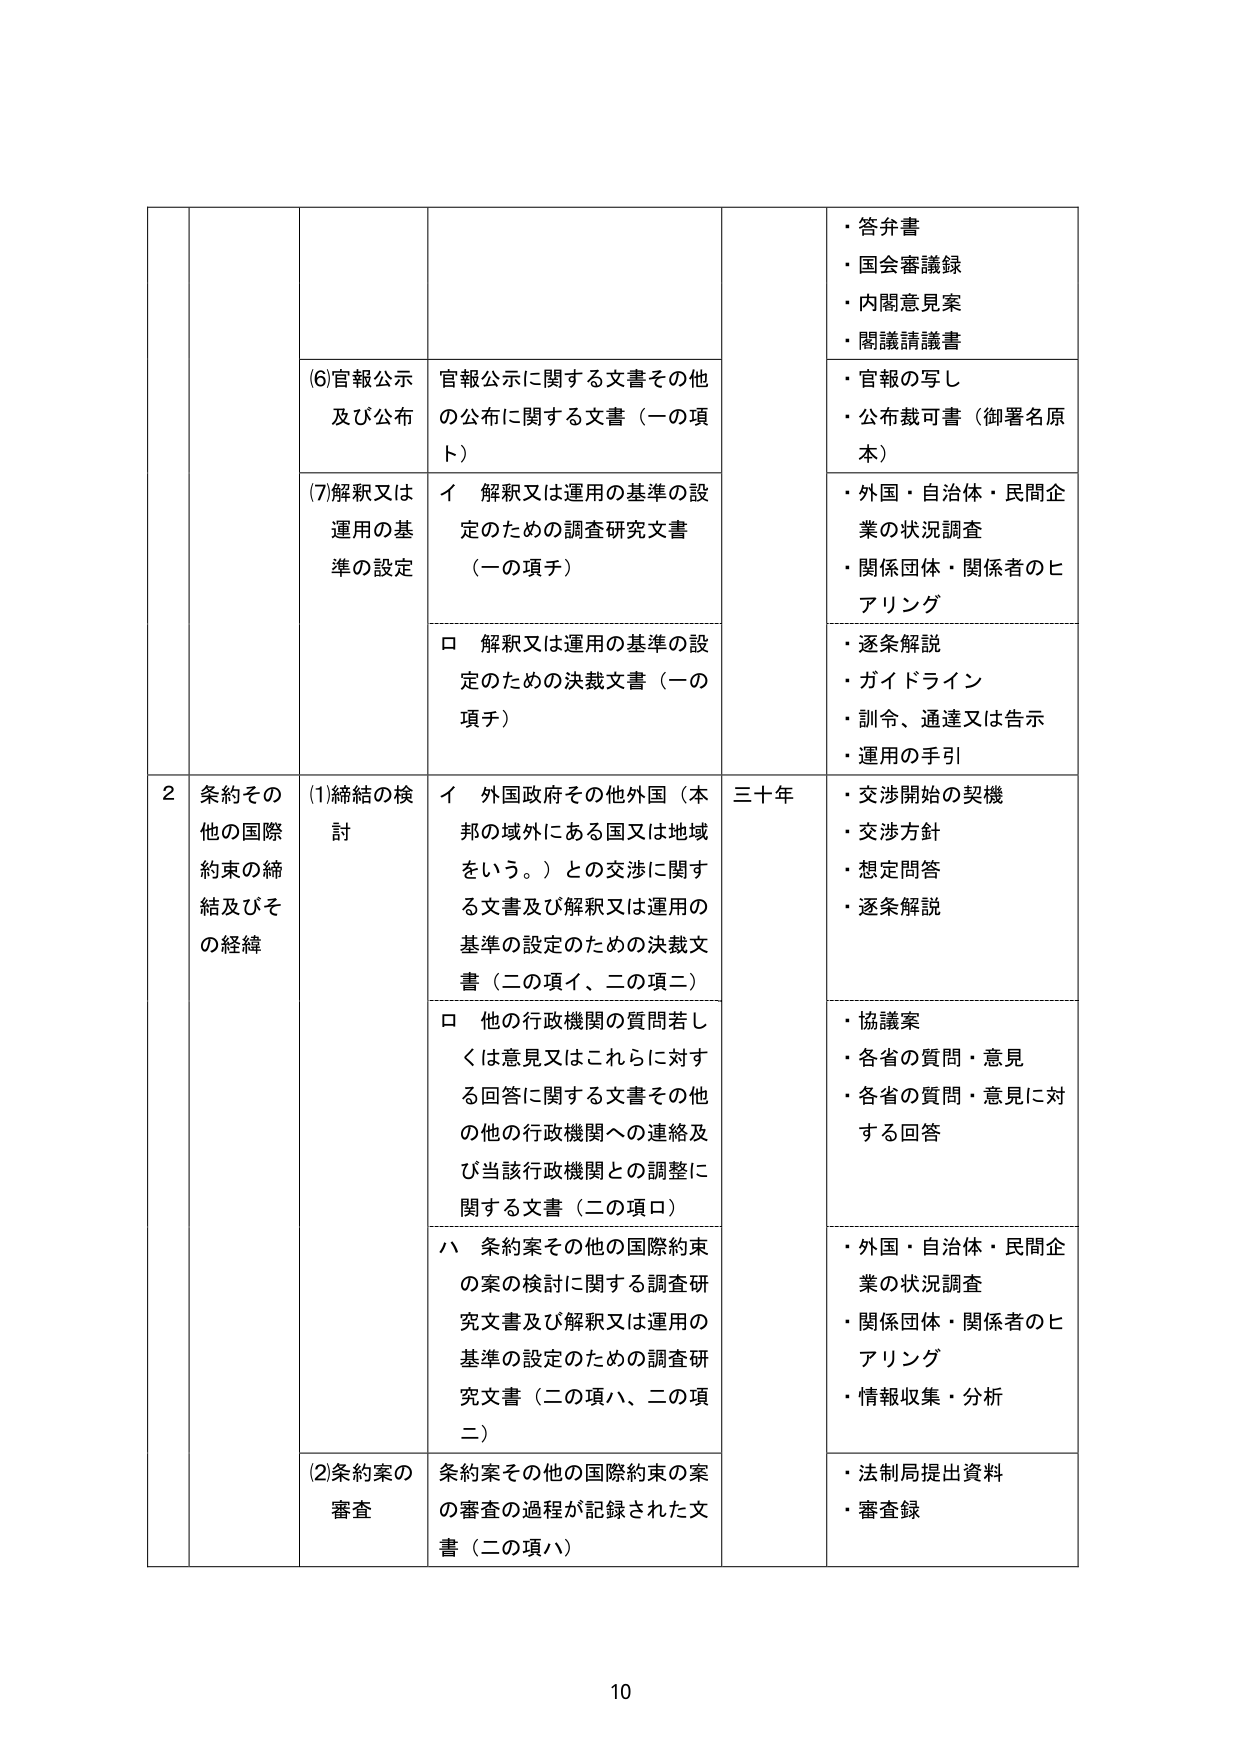
・答弁書
・国会審議録
・内閣意見案
・閣議請議書

(6)官報公示
及び公布
官報公示に関する文書その他
の公布に関する文書（一の項
ト）
・官報の写し
・公布裁可書（御署名原本）

(7)解釈又は
運用の基
準の設定
イ 解釈又は運用の基準の設
定のための調査研究文書
（一の項チ）
・外国・自治体・民間企
業の状況調査
・関係団体・関係者のヒ
アリング

ロ 解釈又は運用の基準の設
定のための決裁文書（一の
項チ）
・逐条解説
・ガイドライン
・訓令、通達又は告示
・運用の手引

2 条約その
他の国際
約束の締
結及びそ
の経緯
(1)締結の検
討
イ 外国政府その他外国（本
邦の域外にある国又は地域
をいう。）との交渉に関す
る文書及び解釈又は運用の
基準の設定のための決裁文
書（二の項イ、二の項二）
三十年
・交渉開始の契機
・交渉方針
・想定問答
・逐条解説

ロ 他の行政機関の質問若し
くは意見又はこれらに対す
る回答に関する文書その他
の他の行政機関への連絡及
び当該行政機関との調整に
関する文書（二の項ロ）
・協議案
・各省の質問・意見
・各省の質問・意見に対
する回答

ハ 条約案その他の国際約束
の案の検討に関する調査研
究文書及び解釈又は運用の
基準の設定のための調査研
究文書（二の項ハ、二の項
二）
・外国・自治体・民間企
業の状況調査
・関係団体・関係者のヒ
アリング
・情報収集・分析

(2)条約案の
審査
条約案その他の国際約束の案
の審査の過程が記録された文
書（二の項ハ）
・法制局提出資料
・審査録

10